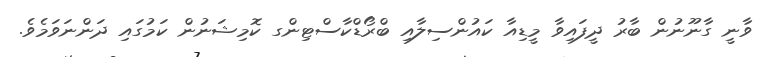
ވާނީ ގާނޫނުން ބާރު ދީފައިވާ މީޑިއާ ކައުންސިލާއި ބްރޯޑްކާސްޓިންގ ކޮމިޝަނުން ކަމުގައި ދަންނަވަމެވެ.